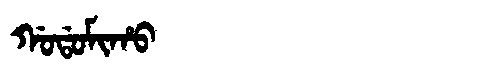
Manchu: ᡤᠣᡩᠣᠮᡳᡥᠣ
Romanization: GODOMIHO